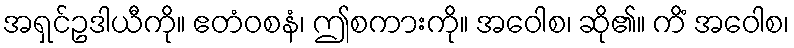
အရှင်ဥဒါယီကို။ ဧတံဝစနံ၊ ဤစကားကို။ အဝေါစ၊ ဆို၏။ ကိံ အဝေါစ၊